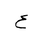
Letter: _ayn